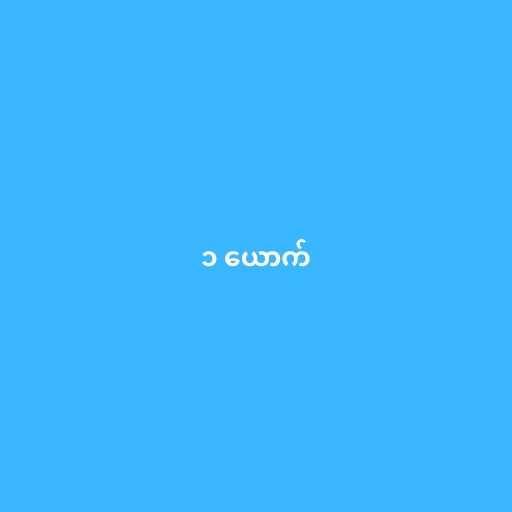
၁ ယောက်